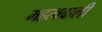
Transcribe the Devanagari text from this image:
महत्ववाली